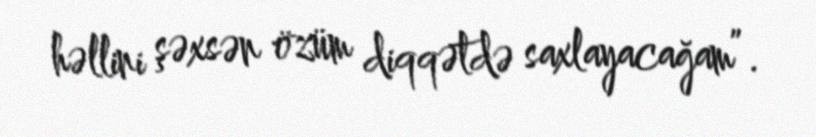
həllini şəxsən özüm diqqətdə saxlayacağam”.